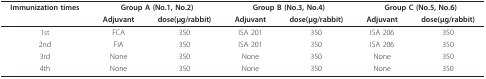
<table><thead><tr><td><b>Immunization times</b></td><td colspan="2"><b>Group A (No.1, No.2)</b></td><td colspan="2"><b>Group B (No.3, No.4)</b></td><td colspan="2"><b>Group C (No.5, No.6)</b></td></tr><tr><td></td><td><b>Adjuvant</b></td><td><b>dose(μg/rabbit)</b></td><td><b>Adjuvant</b></td><td><b>dose(μg/rabbit)</b></td><td><b>Adjuvant</b></td><td><b>dose(μg/rabbit)</b></td></tr></thead><tbody><tr><td>1st</td><td>FCA</td><td>350</td><td>ISA 201</td><td>350</td><td>ISA 206</td><td>350</td></tr><tr><td>2nd</td><td>FIA</td><td>350</td><td>ISA 201</td><td>350</td><td>ISA 206</td><td>350</td></tr><tr><td>3rd</td><td>None</td><td>350</td><td>None</td><td>350</td><td>None</td><td>350</td></tr><tr><td>4th</td><td>None</td><td>350</td><td>None</td><td>350</td><td>None</td><td>350</td></tr></tbody></table>